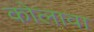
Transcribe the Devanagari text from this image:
कोलावा